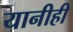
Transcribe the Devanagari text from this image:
यानीही